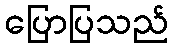
ပြောပြသည်